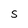
Character: S